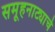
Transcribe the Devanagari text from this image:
समूहनाट्याचे